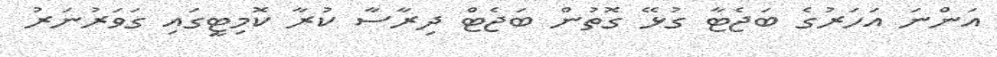
އަންނަ އަހަރުގެ ބަޖެޓާ ގުޅޭ ގޮތުން ބަޖެޓް ދިރާސާ ކުރާ ކޮމިޓީގައި ގަވަރުނަރު